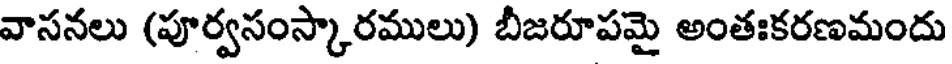
వాసనలు (పూర్వసంస్కారములు) బీజరూపమై అంతఃకరణమందు